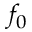
f _ { 0 }